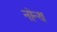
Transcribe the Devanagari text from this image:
नोन्थ